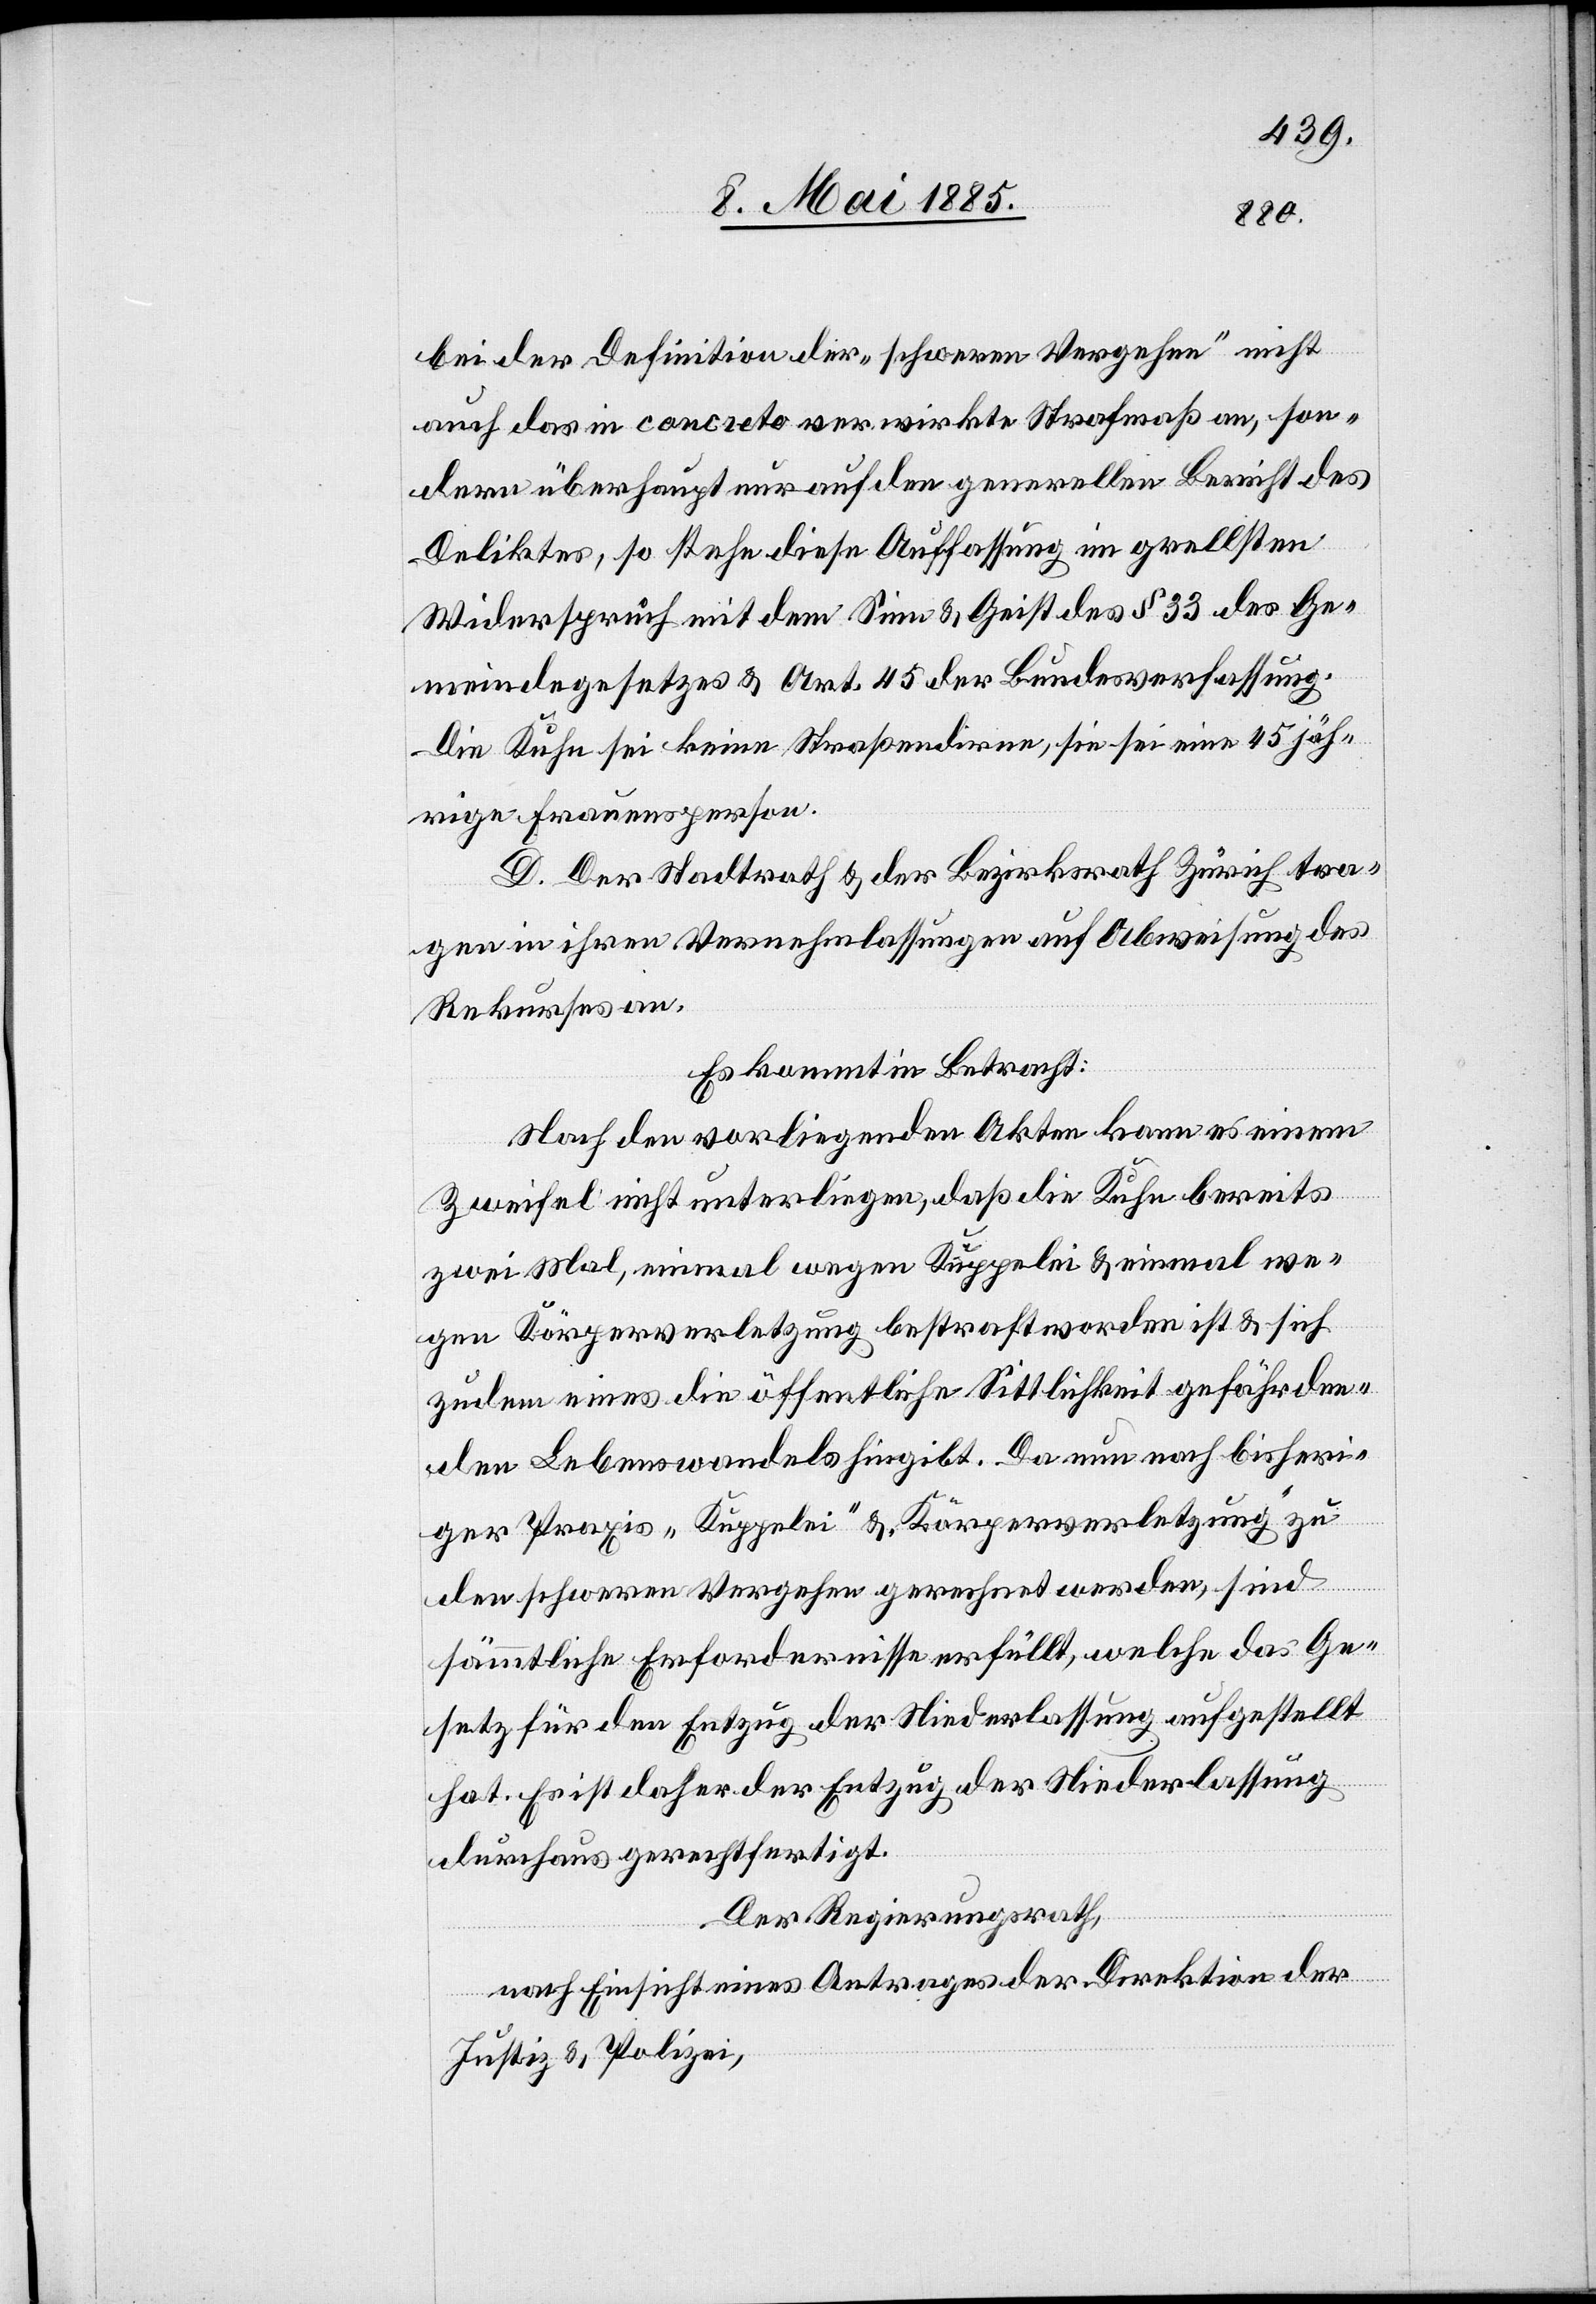
bei der Definition der „schweren Vergehen“ nicht
auf] das in concreto verwirkte Strafmaß an, son¬
dern überhaupt nur auf den generellen Bericht des
Deliktes, so stehe diese Auffassung im grellsten
Widerspruch mit dem Sinne & Geist des § 33 des Ge¬
meindegesetztes & Art. 45 der Bundesverfassung.
Die Kuhn sei keine Straßendirne, sie sei eine 45jäh¬
rige Frauensperson.
D. Der Stadtrath & der Bezirksrath Zürich tra¬
gen in ihren Vernehmlassungen auf Abweisung des
Rekurses an.
Es kommt in Betracht:
Nach den vorliegenden Akten kann es einem
Zweifel nicht unterliegen daß die Kuhn bereits
zwei Mal, einmal wegen Kuppelei & einmal we¬
gen Körperverletzung bestraft worden ist & sich
zudem eines die öffentliche Sittlichkeit gefährden¬
den Lebenswandels hingibt. Da nun nach bisheri¬
ger Praxis „Kuppelei“ & „Körperverletzung“ zu
den schweren Vergehen gerechnet werden, sind
sämmtliche Erfordernisse erfüllt, welche das Ge¬
setz für den Entzug der Niederlassung aufgestellt
hat. Es ist daher der Entzug der Niederlassung
durchaus gerechtfertigt.
Der Regierungsrath,
nach Einsicht eines Antrages der Direktion der
Justiz & Polizei,